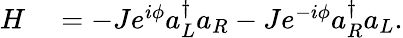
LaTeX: \begin{array}{rl}{H}&{{}=-Je^{i\phi}{a_{L}^{\dagger}}a_{R}-Je^{-i\phi}{a_{R}^{\dagger}}a_{L}.}\end{array}